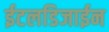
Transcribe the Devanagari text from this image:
ईटलडिजाईन